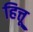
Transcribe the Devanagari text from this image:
हित्तू